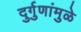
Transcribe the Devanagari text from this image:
दुर्गुणांमुळे